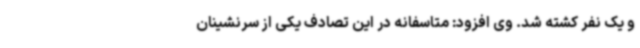
و یک نفر کشته شد. وی افزود: متاسفانه در این تصادف یکی از سرنشینان